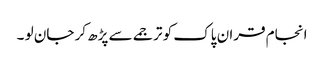
انجام قران پاک کو ترجمے سے پڑھ کر جان لو ۔